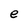
Character: e